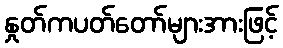
နှုတ်ကပတ်တော်များအားဖြင့်